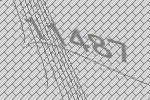
11487